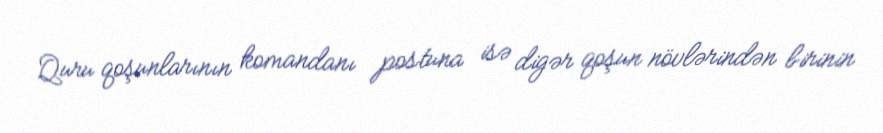
Quru qoşunlarının komandanı postuna isə digər qoşun növlərindən birinin